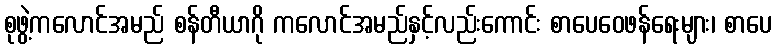
စုဖွဲ့ကလောင်အမည် စန်တီယာဂို ကလောင်အမည်နှင့်လည်းကောင်း စာပေဝေဖန်ရေးများ၊ စာပေ